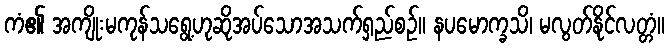
ကံ၏ အကျိုးမကုန်သရွေ့ဟုဆိုအပ်သောအသက်ရှည်စဉ်။ နပမောက္ခသိ၊ မလွတ်နိုင်လတ္တံ။